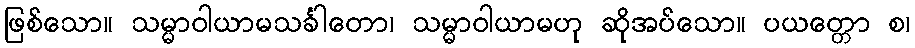
ဖြစ်သော။ သမ္မာဝါယာမသင်္ခါတော၊ သမ္မာဝါယာမဟု ဆိုအပ်သော။ ပယတ္တော စ၊